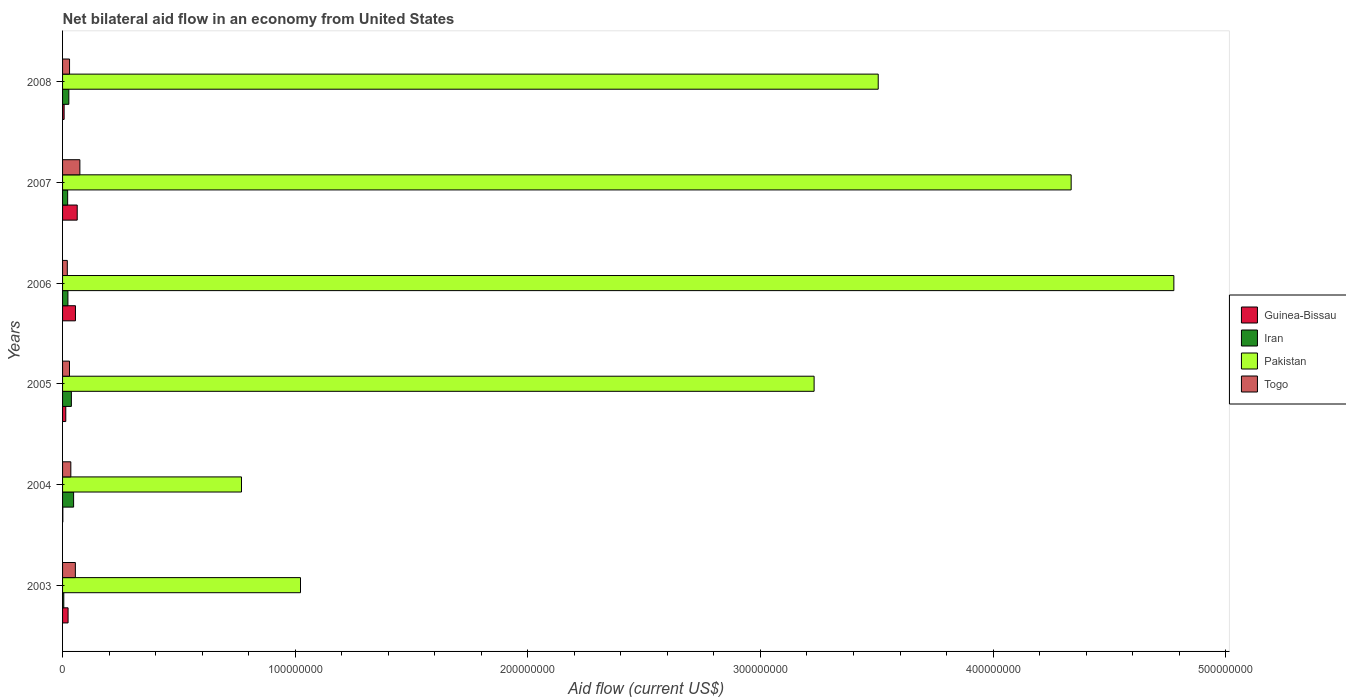
| Years | Guinea-Bissau | Iran | Pakistan | Togo |
 | --- | --- | --- | --- | --- |
 | 2003 | 2.37e+06 | 5.3e+05 | 1.02e+08 | 5.5e+06 |
 | 2004 | 1.1e+05 | 4.75e+06 | 7.69e+07 | 3.55e+06 |
 | 2005 | 1.38e+06 | 3.79e+06 | 3.23e+08 | 2.98e+06 |
 | 2006 | 5.54e+06 | 2.3e+06 | 4.78e+08 | 2.04e+06 |
 | 2007 | 6.3e+06 | 2.19e+06 | 4.34e+08 | 7.44e+06 |
 | 2008 | 6.7e+05 | 2.7e+06 | 3.51e+08 | 3e+06 |